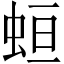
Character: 𧊳